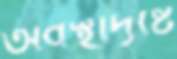
অবস্থাদৃষ্টে